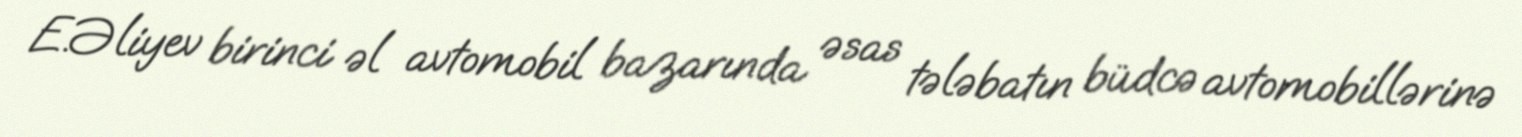
E.Əliyev birinci əl avtomobil bazarında əsas tələbatın büdcə avtomobillərinə